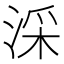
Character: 𣶶